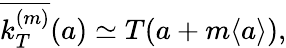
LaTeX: \overline{{k_{T}^{(m)}}}(a)\simeq T(a+m\langle a\rangle),